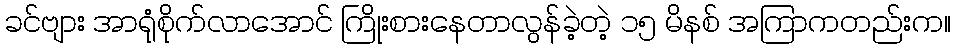
ခင်ဗျား အာရုံစိုက်လာအောင် ကြိုးစားနေတာလွန်ခဲ့တဲ့ ၁၅ မိနစ် အကြာကတည်းက။